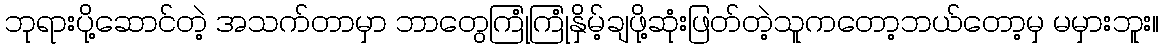
ဘုရားပို့ဆောင်တဲ့ အသက်တာမှာ ဘာတွေကြုံကြုံနှိမ့်ချဖို့ဆုံးဖြတ်တဲ့သူကတော့ဘယ်တော့မှ မမှားဘူး။